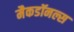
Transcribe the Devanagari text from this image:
मैकडॉनल्स